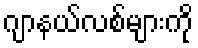
ဂျာနယ်လစ်များကို